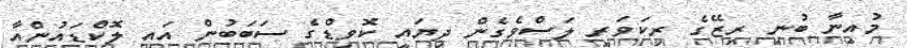
މުއީނާ ބުނީ ރިޒޭގެ ރިކަވަރީ ލަސްވެގެން ދިޔައީ ކޮވިޑްގެ ސަބަބުން އައި ލޮކްޑައުންއާ